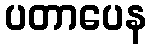
ပတာပေန